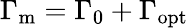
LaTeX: \Gamma_{\mathrm{m}}=\Gamma_{0}+\Gamma_{\mathrm{opt}}